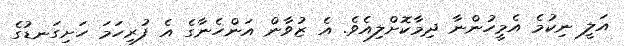
އަލީ ނިކުމެ އެމީހުންނާ ދިމާކޮށްލިއެވެ. އެ ޒުވާން އަންހެނާގެ އެ ފުރިހަމަ ހަށިގަނޑުގެ